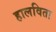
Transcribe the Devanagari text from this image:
हालविता